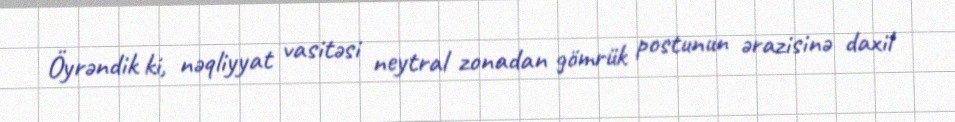
Öyrəndik ki, nəqliyyat vasitəsi neytral zonadan gömrük postunun ərazisinə daxil